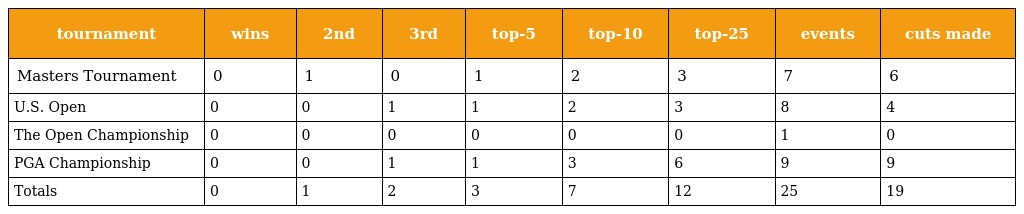
| tournament | wins | 2nd | 3rd | top-5 | top-10 | top-25 | events | cuts made |
 | --- | --- | --- | --- | --- | --- | --- | --- | --- |
 | Masters Tournament | 0 | 1 | 0 | 1 | 2 | 3 | 7 | 6 |
 | U.S. Open | 0 | 0 | 1 | 1 | 2 | 3 | 8 | 4 |
 | The Open Championship | 0 | 0 | 0 | 0 | 0 | 0 | 1 | 0 |
 | PGA Championship | 0 | 0 | 1 | 1 | 3 | 6 | 9 | 9 |
 | Totals | 0 | 1 | 2 | 3 | 7 | 12 | 25 | 19 |